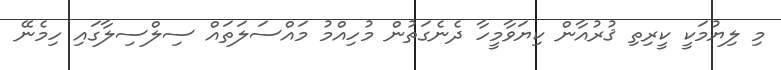
މި ލިޔުމަކީ ކީރިތި ޤުރުއާން ކިޔަވާމީހާ ދެނެގަތުން މުހިއްމު މައްސަލަތައް ސިލްސިލާގައި ހިމެނޭ